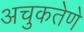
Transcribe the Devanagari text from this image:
अचुकतेणे